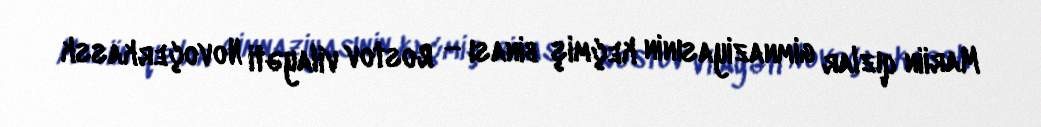
Mariin qızlar gimnaziyasınin keçmiş binası — Rostov vilayəti Novoçerkassk